Bréfritari: Einar Ásmundsson
Viðtakandi: Jón Borgfirðings Jónsson
Dagsetning: A-1859-08-08
Skrifað á: Nesi  S-Þing.

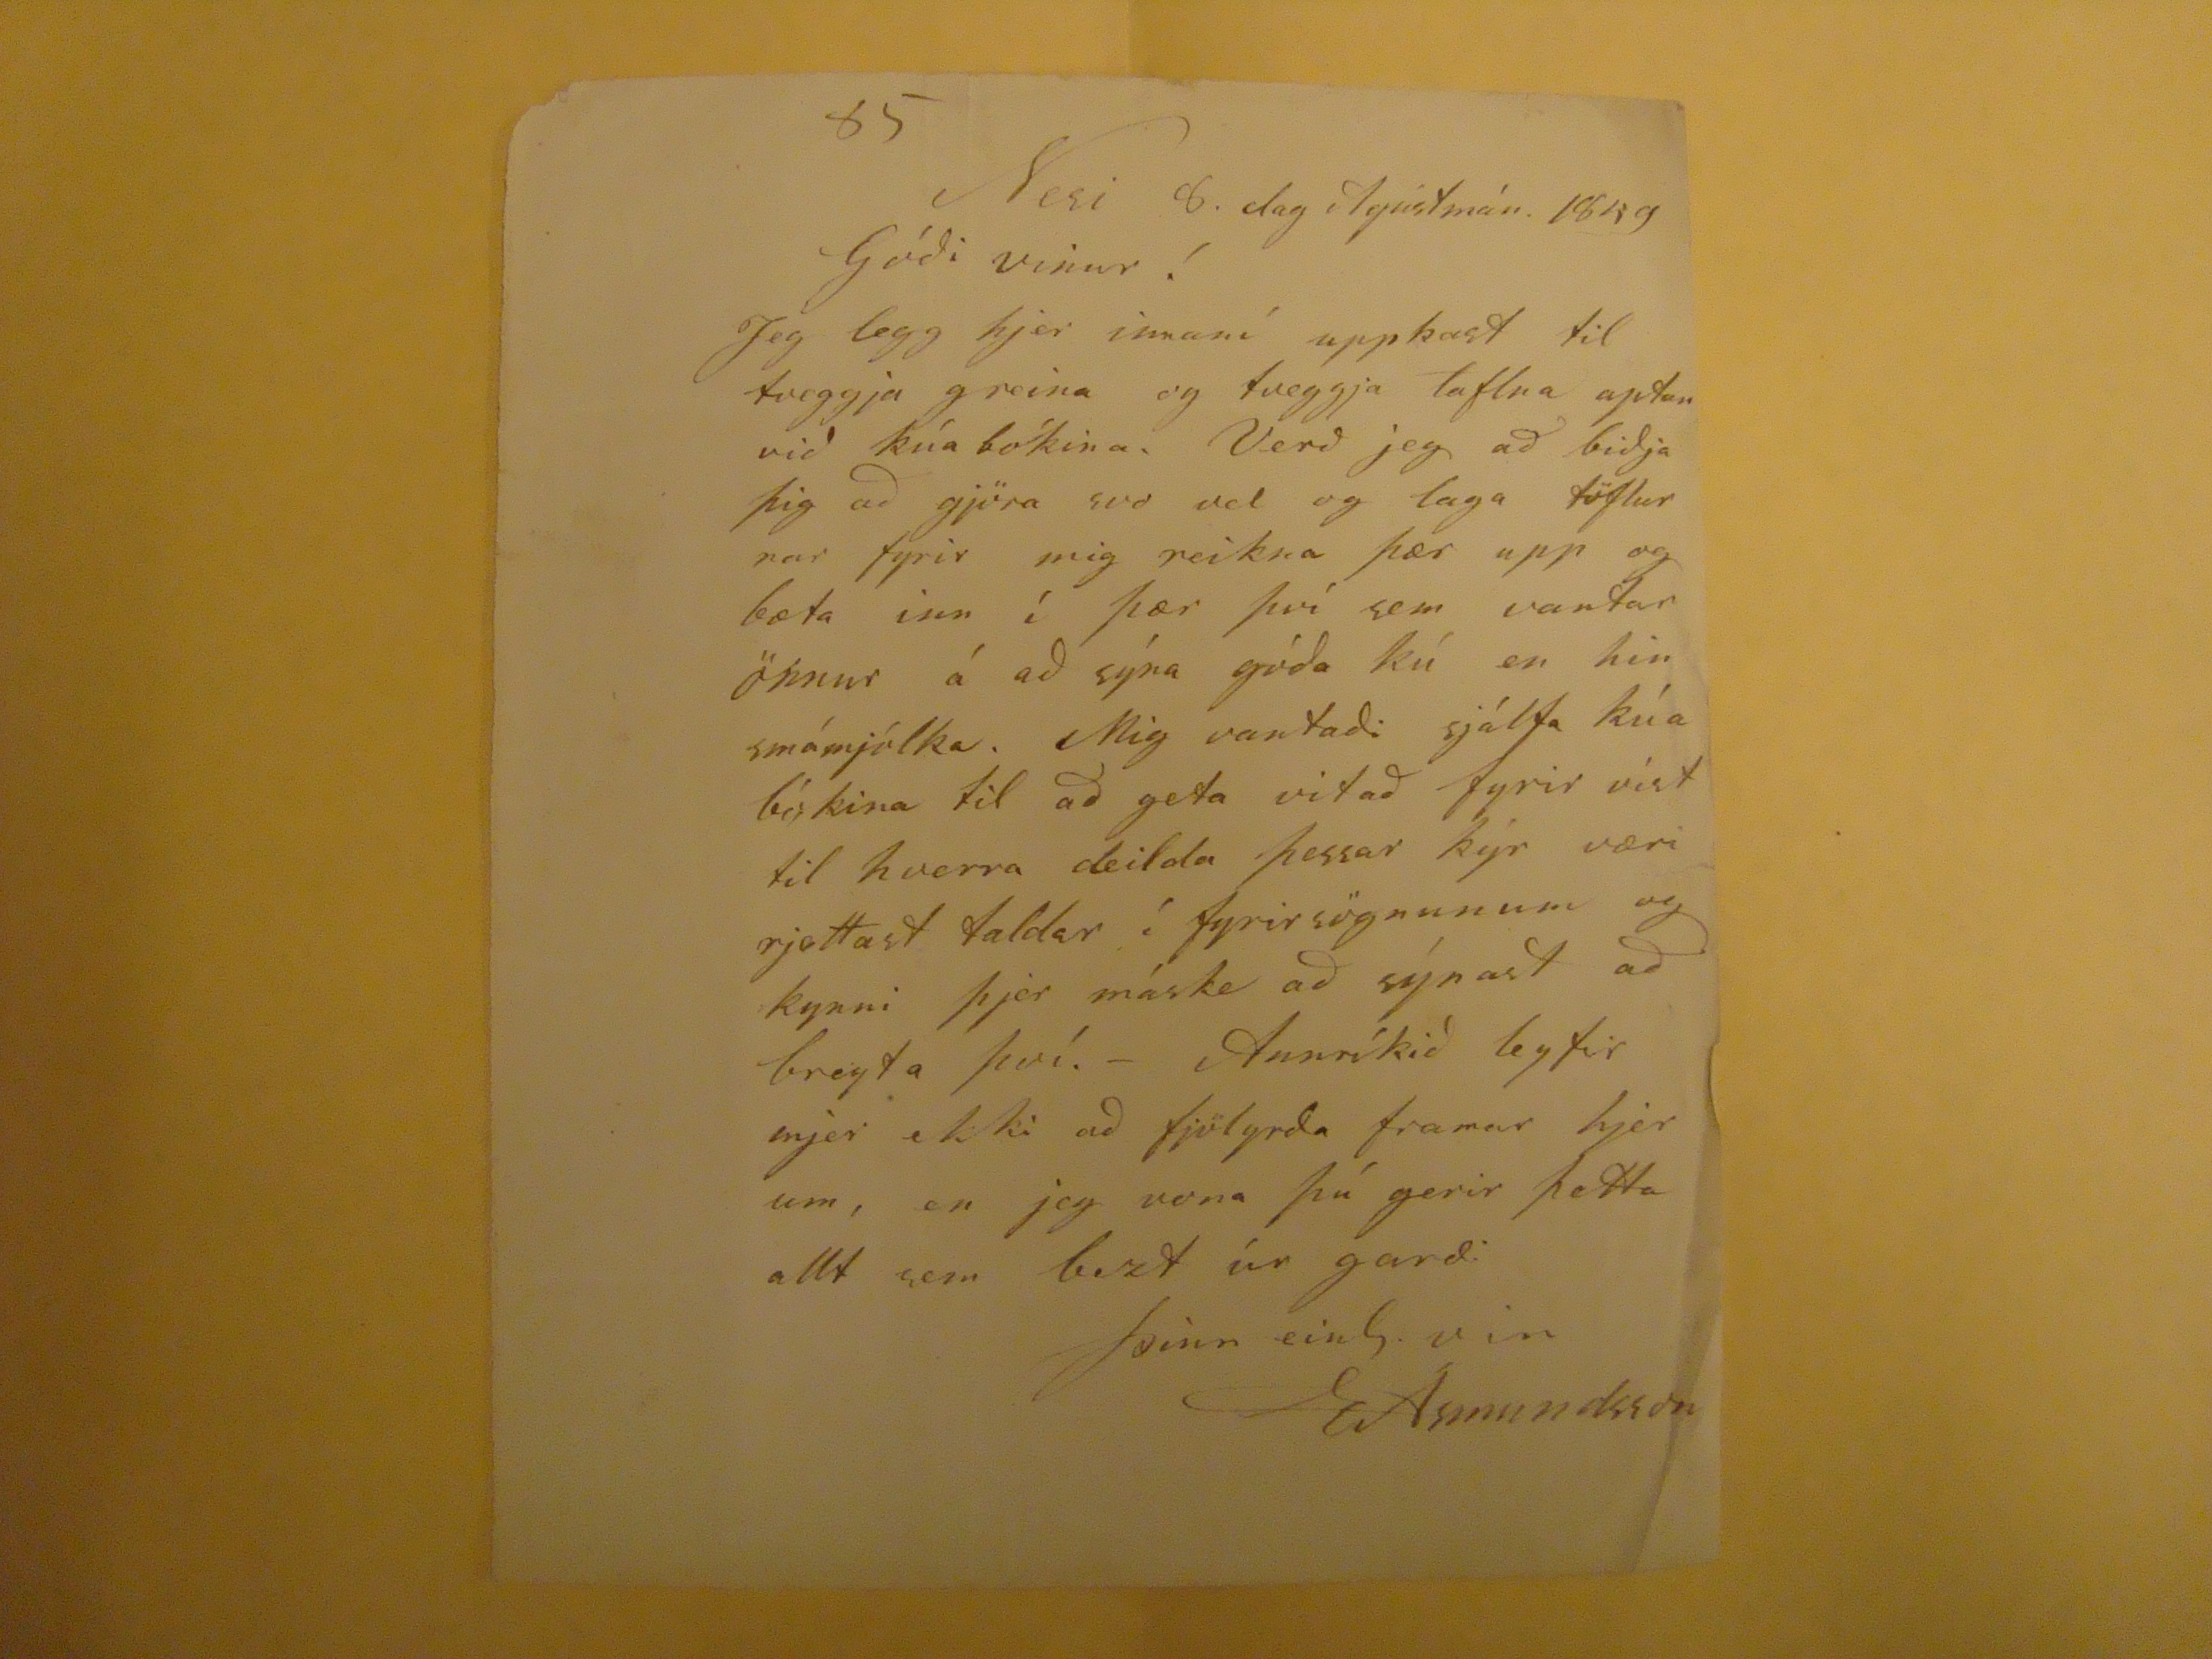

85
Nesi 8. dag Agústmán. 1859
Góði vinur!
Jeg legg hjer innaní uppkast itl tveggja greina og tveggja taflna aptan við kúabókina. Verð jeg að biðja þig að gjöra svo vel og laga töflurnar fyrir mig reikna þær upp og bæta inn í þær því sem vantar önnur á að sýna góða kú en hin smámjólka. Mig vantaði sjálfa kúa bókina til að geta vitað fyrir víst til hverra deilda þessar kýr væri rjettast taldar í fyrirsögnunum og kynni þjer máske að synast að breyta því.- Annríkið leyfir mjer ekki að fjölyrða framar hjer um, en jeg vona að þú gerir þetta allt sem bezt úr garði
þinn einl. vin
EÁsmundsson